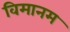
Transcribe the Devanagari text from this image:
विमानम